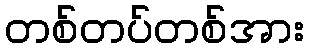
တစ်တပ်တစ်အား